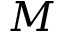
M